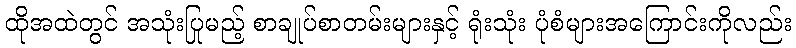
ထိုအထဲတွင် အသုံးပြုမည့် စာချုပ်စာတမ်းများနှင့် ရုံးသုံး ပုံစံများအကြောင်းကိုလည်း